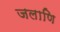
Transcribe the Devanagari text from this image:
जलाणि